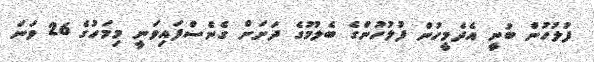
ފުލުހުން ބުނީ އެދެމީހުން ފުލުހުންގެ ބެލުމުގެ ދަށަށް ގެނެސްފައިވަނީ މިމަހުގެ 26 ވަނަ